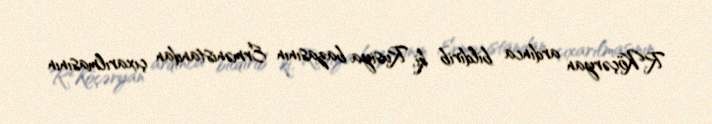
R.Köçəryan ardınca bildirib ki, Rusiya bazasının Ermənistandan çıxarılmasının